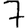
Digit: 7